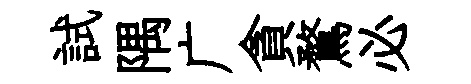
試隅广貪鶩必